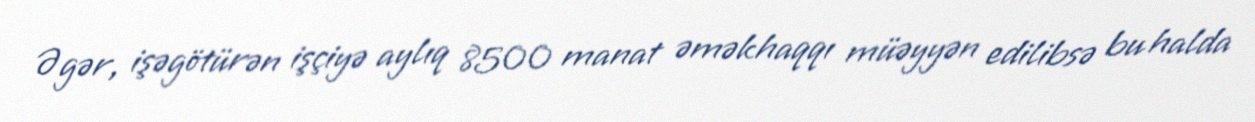
Əgər, işəgötürən işçiyə aylıq 8500 manat əməkhaqqı müəyyən edilibsə bu halda